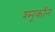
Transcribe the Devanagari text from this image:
श्मूकॉन